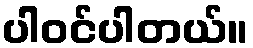
ပါဝင်ပါတယ်။